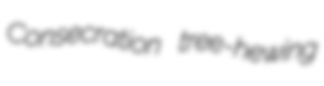
Consecration tree-hewing